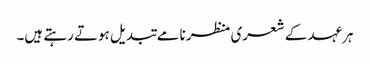
ہرعہد کے شعری منظر نامے تبدیل ہوتے رہتے ہیں۔